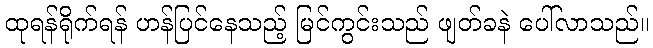
ထုရန်ရိုက်ရန် ဟန်ပြင်နေသည့် မြင်ကွင်းသည် ဖျတ်ခနဲ ပေါ်လာသည်။